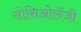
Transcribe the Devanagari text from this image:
सोसिओलॅजी